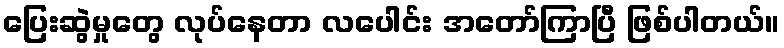
ပြေးဆွဲမှုတွေ လုပ်နေတာ လပေါင်း အတော်ကြာပြီ ဖြစ်ပါတယ်။